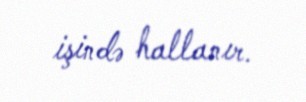
işində hallanır.